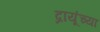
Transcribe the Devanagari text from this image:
द्रायूंच्या